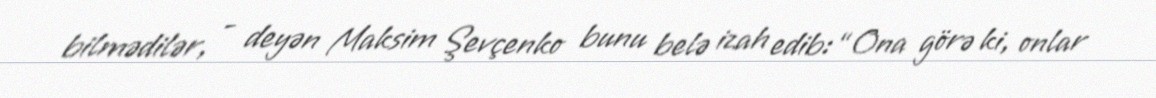
bilmədilər, - deyən Maksim Şevçenko bunu belə izah edib: “Ona görə ki, onlar